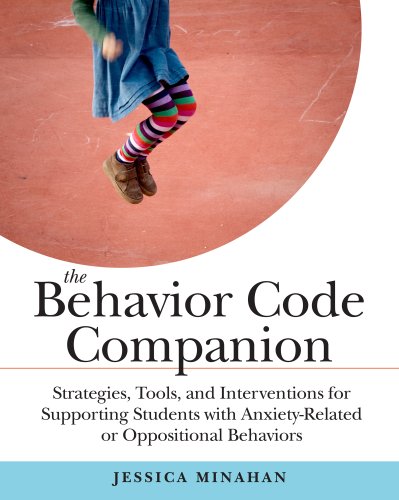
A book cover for The Behavior Code Companion: Strategies, Tools, and Interventions for Supporting Students with Anxiety-Related and Oppositional Behaviors; Jessica Minahan; Education & Teaching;